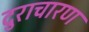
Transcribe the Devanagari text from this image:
दुराचारण